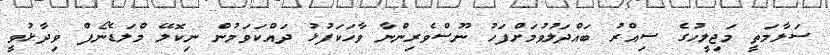
ސަލާމަތީ މަޖިލީހުގެ ސިއްރު ބައްދަލުވުމަށްފަހު ނޫސްވެރިންނާ ވާހަކަފުޅު ދައްކަވަމުން ނިކޮލޭ މްލަޑެނޯފް ވިދާޅުވީ